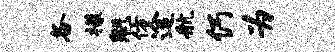
各檬魁仿途航仍为